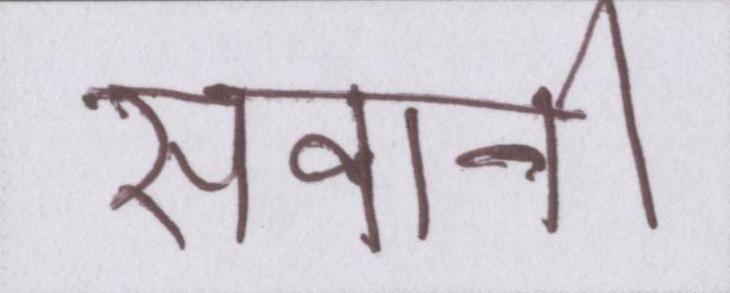
सवानी